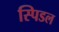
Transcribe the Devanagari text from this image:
स्पिडल